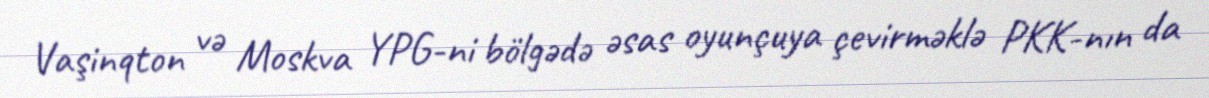
Vaşinqton və Moskva YPG-ni bölgədə əsas oyunçuya çevirməklə PKK-nın da